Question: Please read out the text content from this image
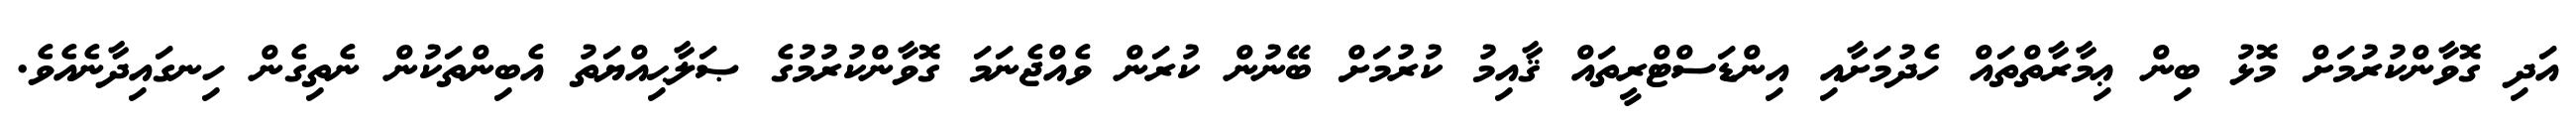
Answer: އަދި ގޮވާންކުރުމަށް މޮޅު ބިން ޢިމާރާތްތައް ހެދުމަށާއި އިންޑަސްޓްރީތައް ޤާއިމު ކުރުމަށް ބޭނުން ކުރަން ވެއްޖެނަމަ ގޮވާންކުރުމުގެ ޞަލާޙިއްޔަތު އެބިންތަކުން ނެތިގެން ހިނގައިދާނެއެވެ.